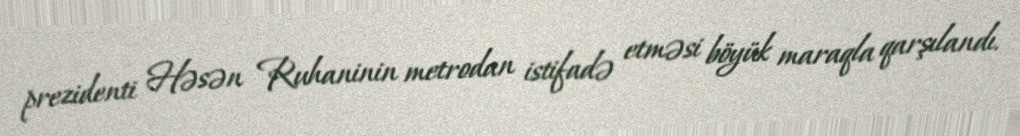
prezidenti Həsən Ruhaninin metrodan istifadə etməsi böyük maraqla qarşılandı.